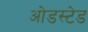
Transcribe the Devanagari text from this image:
ओडस्टेड